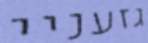
גזעניי